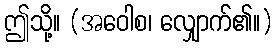
ဤသို့။ (အဝေါစ၊ လျှောက်၏။)